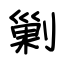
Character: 剿